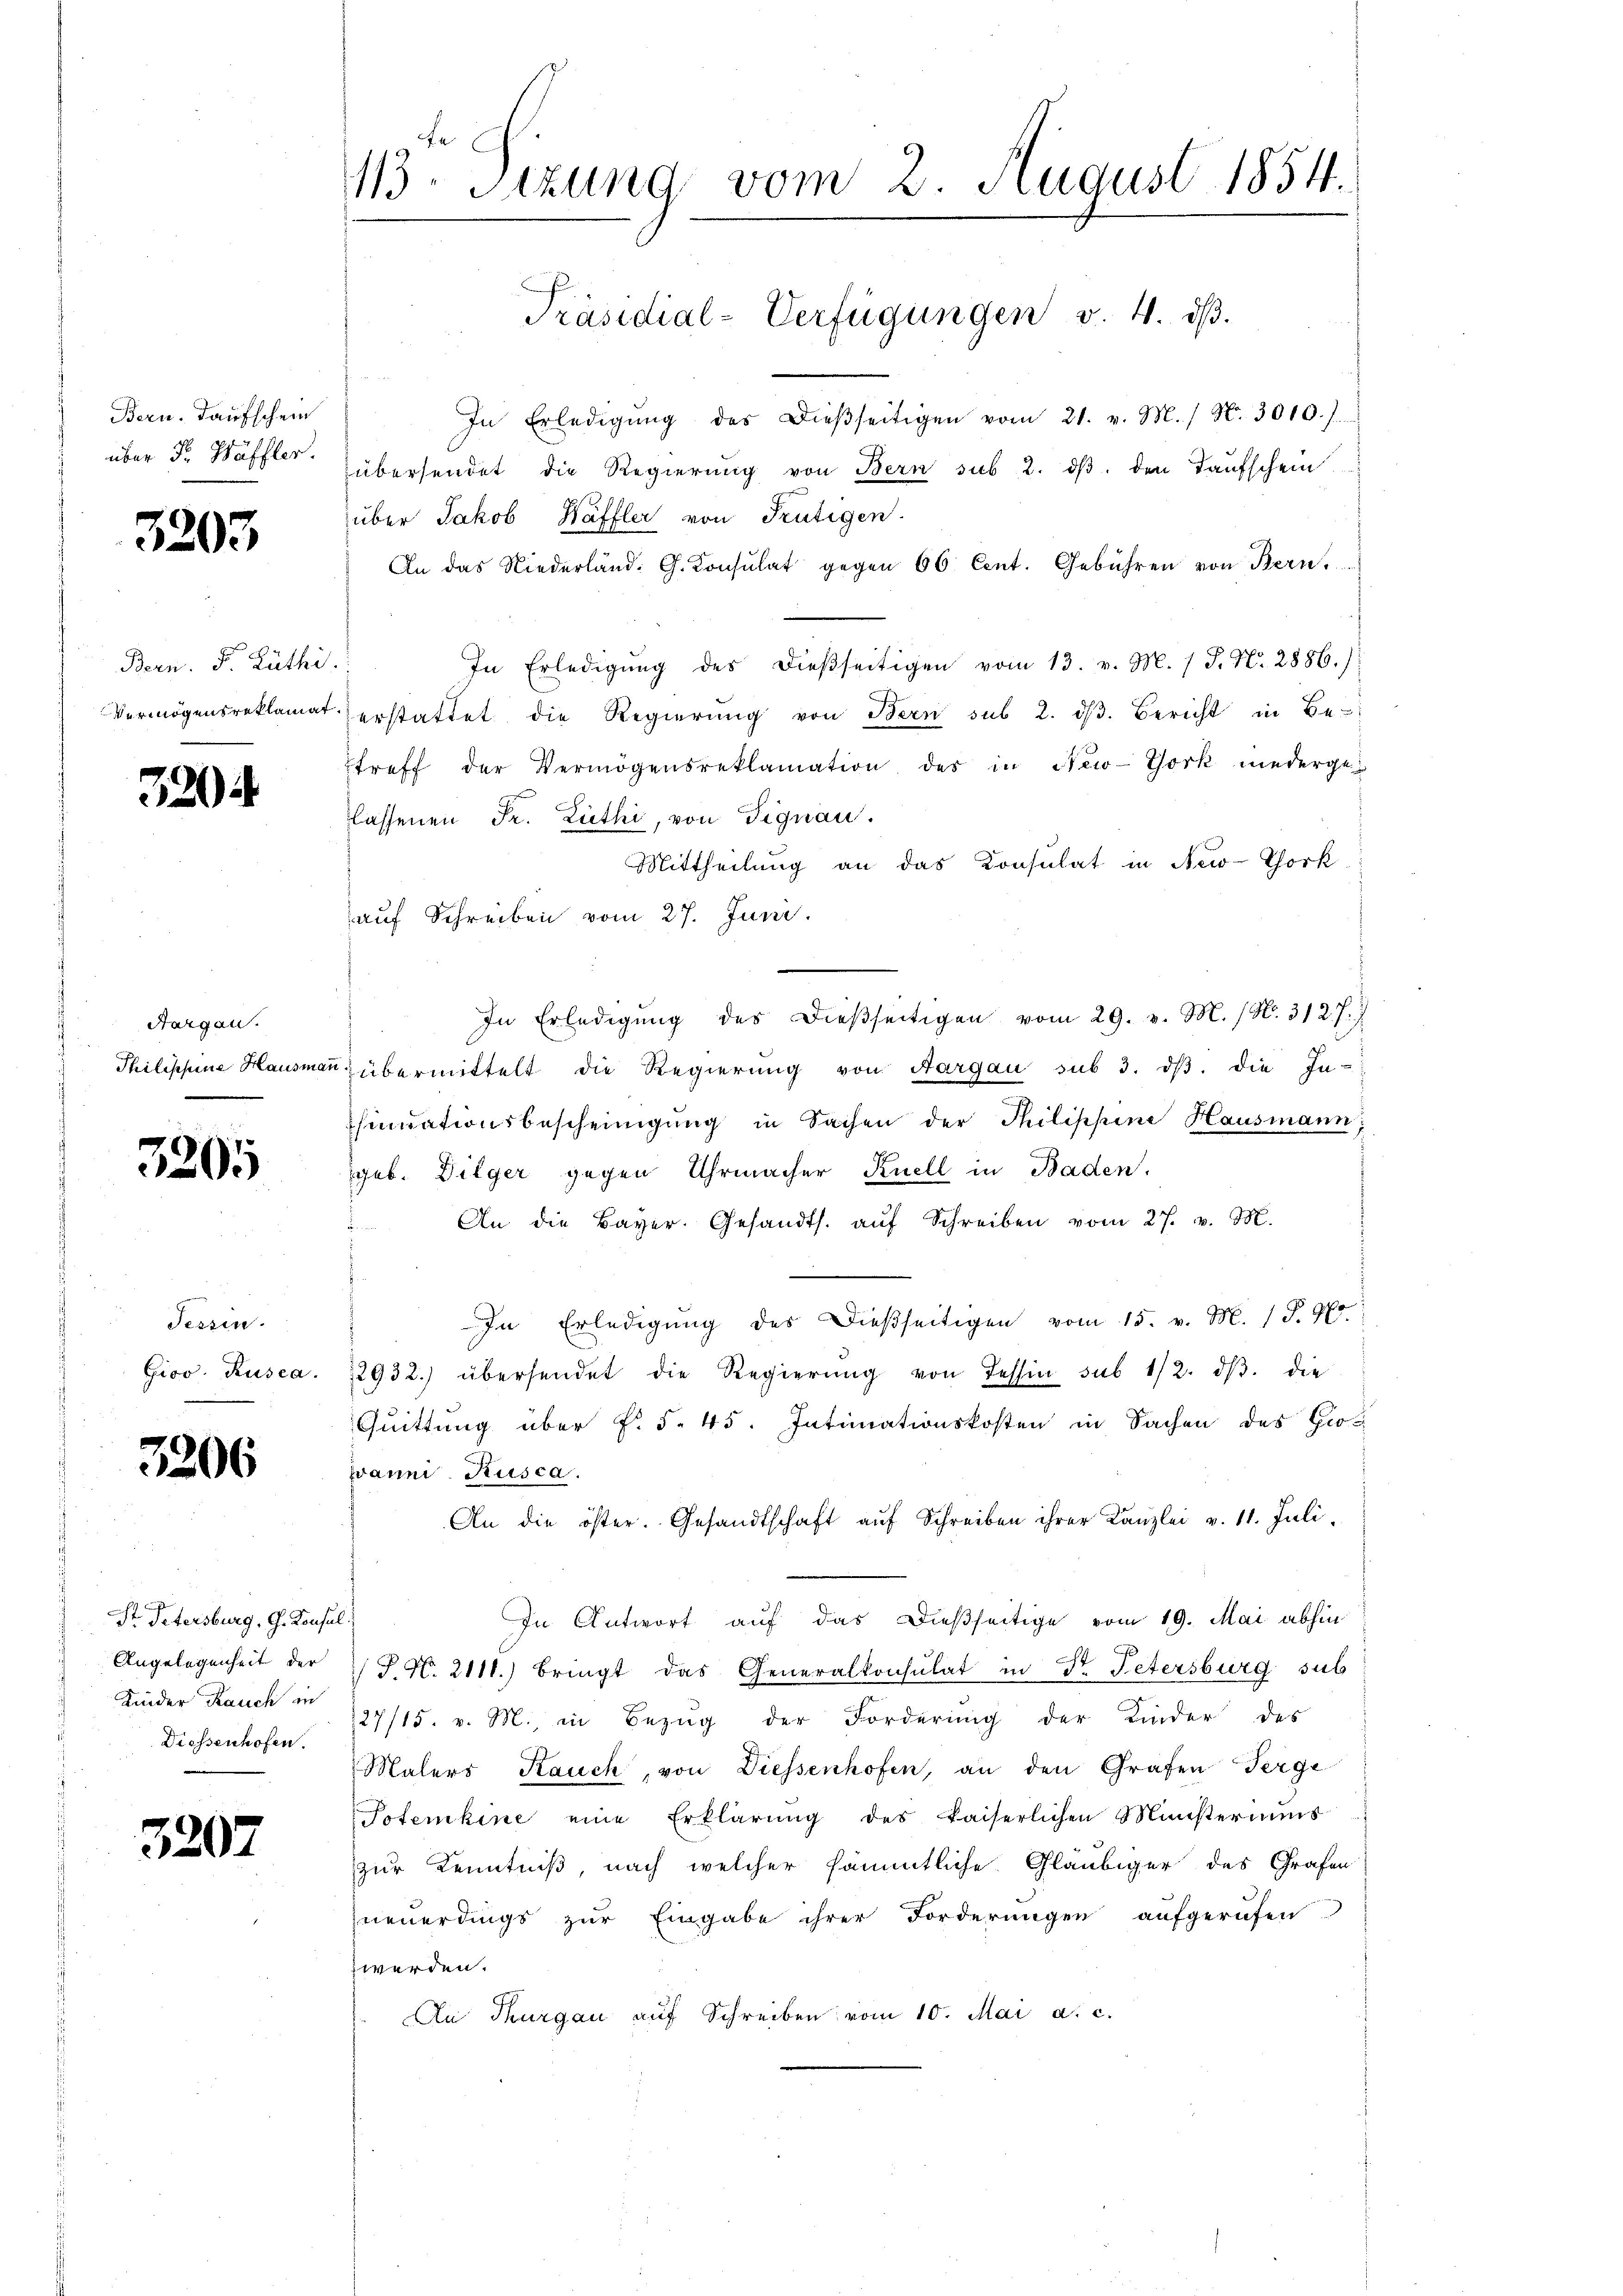
Bern. Kaufschein
über Fr. Wäffler.

3205

Bern. F. Rüthi
Vermögensreklamat

320

Hargau.
Philippine Hausmar

3205

Tessin.
Gioo. Rusca.

3206

St. Petersburg, G. Konsul
Angelegenheit der
Kinder Rauch in
Diessenhofen.

32

07

13. Sitzung vom 2. August 1854.
Präsidial-Verfügungen v. 4. ds.

In Erledigŭng des Dieβseitigen vom 21. v. M. / N. 3010.)
übersendet die Regierŭng von Bern sub 2. dβ. den Taufschein
über Jakob Häffler von Frutigen.
An das Niederland. G. Consulat gegen 66 Cent. Gebühren von Bern,
In Erledigŭng des dieβseitigen vom 13. v. M. / P. Nr. 2886.)
erstattet die Regierŭng von Bern sub 2. dβ. Bericht in Be-
treff der Vermögensreklamation des in New-York niederge
lassenen Fr. Lüthi, von Signau.
Mittheilung an das Konsulat in New-York
auf Schreiben vom 27. Juni.
In Erledigŭng des dieβseitigen vom 29. v. M. / N. 3127. J
übermittelt die Regierung von Aargau sub 3. dβ. die In-
sinuationsbescheinigung in Sachen der Thilippine Hausmann,
geb. Dilger gegen Uhrmacher Knell in Baden.
An die Bayer. Gesandts. aŭf Schreiben vom 27. v. M.
In Erledigŭng des dießseitigen vom 15. v. M. D. Pr
2932) übersendet die Regierŭng von Tessin sub 1/2. dβ. die
Quittung über §. §. 45. Intimationskosten in Sachen des Grovanni. Kusca.
An die öster. Gesandtschaft aŭf Schreiben ihrer Kanzlei v. 11. Juli.
In Antwort auf das dießseitige vom 19. Mai abhin
P. Nr. 2111.) bringt das Generalkonsulat in Dr. Petersburg sub
27/15. v. M., in Bezŭg der Forderung der Kinder des
Malers Kauch, von Diessenhofen, an den Grafen Perge
Potenkine eine Erklärung des kaiserlichen Ministeriums
zur Kenntniß nach welcher sämmtliche Gläubiger des Grafen
neuerdings zŭr Eingabe ihrer Forderŭngen aufgerufen
z werden.
An Thurgau auf Schreiben vom 10. Mai a. c.